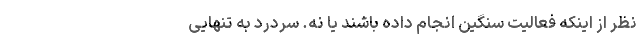
نظر از اینکه فعالیت سنگین انجام داده باشند یا نه. سردرد به تنهایی